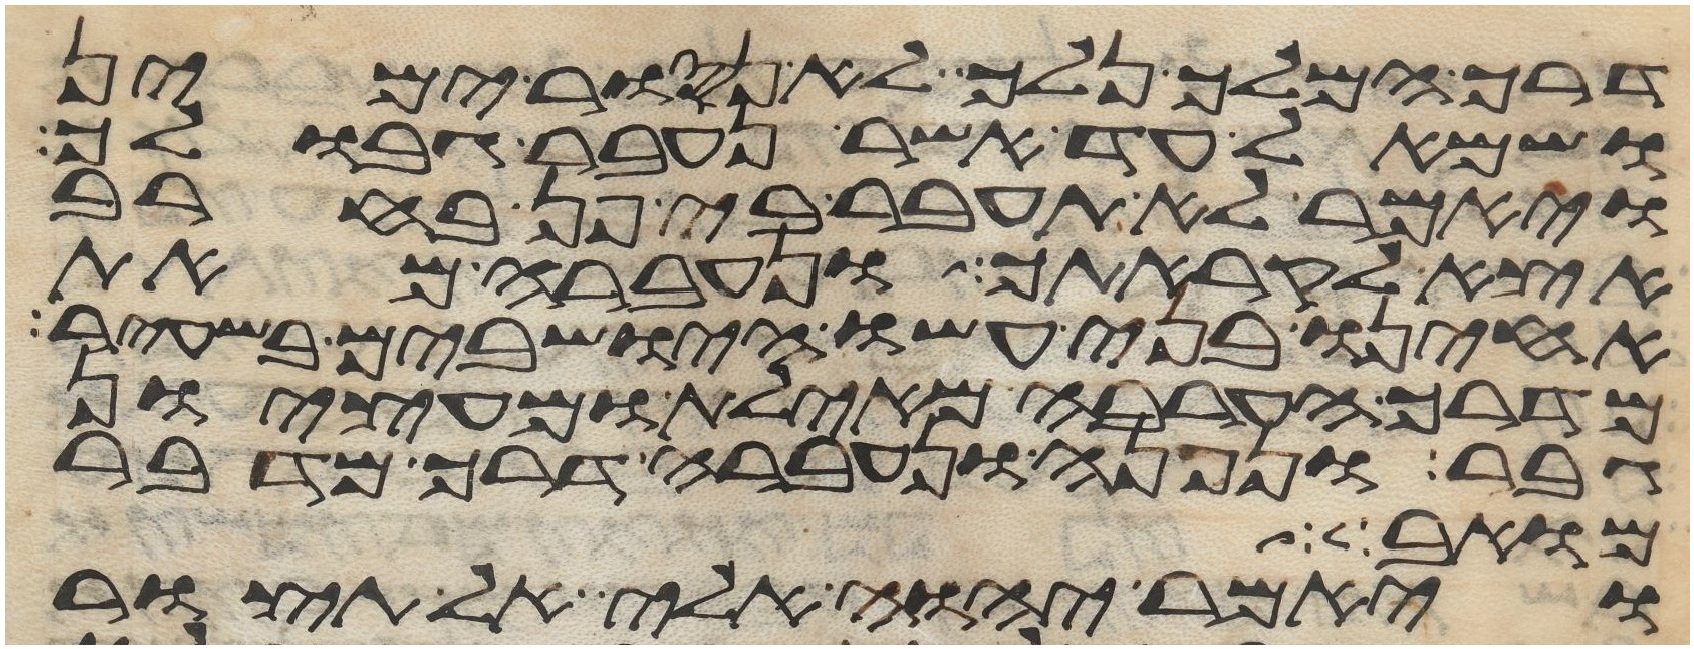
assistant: דרך המלך נלך לא נסור ימין
ושמאל עד אשר נעבר גבולך
ויאמר לא תעבר בי פן בחרב
אצא לקראתך ונעברה מאת
אחינו בני עשו הישבים בשעיר
מדרך הערבה מאילת ומעציון
גבר ונפנה ונעברה דרך מדבר
קמואל
ויאמר יהוה אלי אל תצור